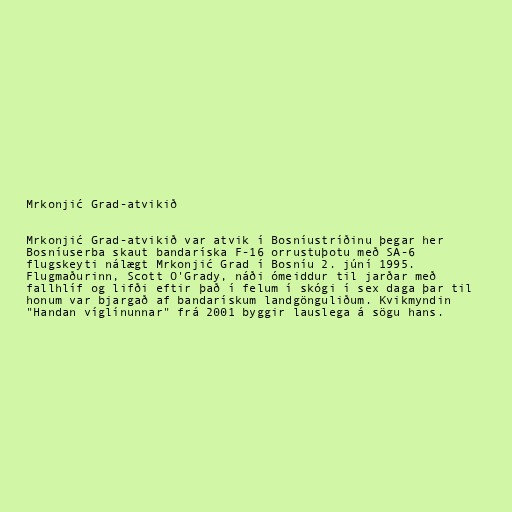
Mrkonjić Grad-atvikið

Mrkonjić Grad-atvikið var atvik í Bosníustríðinu þegar her
Bosníuserba skaut bandaríska F-16 orrustuþotu með SA-6
flugskeyti nálægt Mrkonjić Grad í Bosníu 2. júní 1995.
Flugmaðurinn, Scott O'Grady, náði ómeiddur til jarðar með
fallhlíf og lifði eftir það í felum í skógi í sex daga þar til
honum var bjargað af bandarískum landgönguliðum. Kvikmyndin
"Handan víglínunnar" frá 2001 byggir lauslega á sögu hans.